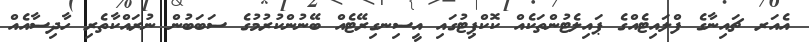
އެއަރ ޗައިނާގެ ފްލައިޓެއްގެ ޕައިލެޓުންތަކެއް ކޮކްޕިޓުގައި އީސިނގިރޭޓެއް ބޭނުންކުރުމުގެ ސަބަބުން ނުރައްކާތެރި ހާދިސާއެއް